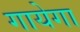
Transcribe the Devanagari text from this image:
गायेगा